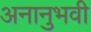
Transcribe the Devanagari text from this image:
अनानुभवी